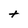
Character: t